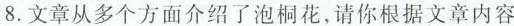
8.文章从多个方面介绍了泡桐花,请你根据文章内容